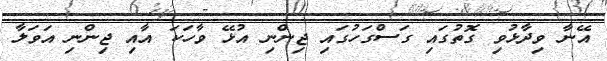
އޭނާ ވިދާޅުވި ގޮތުގައި ގަސްގަހުގައި ޖިންނި އުޅޭ ވާހަކަ އާއި ޖިންނި އަވަލާ